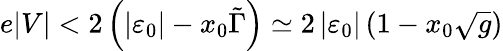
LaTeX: e\vert V\vert<2\left(\left\vert\varepsilon_{0}\right\vert-x_{0}\tilde{\Gamma}\right)\simeq 2\left\vert\varepsilon_{0}\right\vert\left(1-x_{0}\sqrt{g}\right)